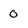
Character: 0